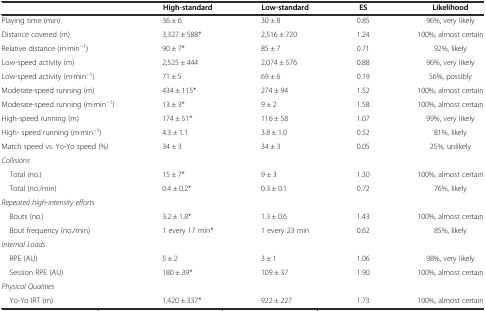
|  | High-standard | Low-standard | ES | Likelihood |
 | --- | --- | --- | --- | --- |
 | Playing time (min) | 36 ± 6 | 30 ± 8 | 0.85 | 96%, very likely |
 | Distance covered (m) | 3,327 ± 588* | 2,516 ± 720 | 1.24 | 100%, almost certain |
 | Relative distance (m·min−1) | 90 ± 7* | 85 ± 7 | 0.71 | 92%, likely |
 | Low-speed activity (m) | 2,525 ± 444 | 2,074 ± 576 | 0.88 | 96%, very likely |
 | Low-speed activity (m·min−1) | 71 ± 5 | 69 ± 6 | 0.19 | 56%, possibly |
 | Moderate-speed running (m) | 434 ± 115* | 274 ± 94 | 1.52 | 100%, almost certain |
 | Moderate-speed running (m·min−1) | 13 ± 3* | 9 ± 2 | 1.58 | 100%, almost certain |
 | High-speed running (m) | 174 ± 51* | 116 ± 58 | 1.07 | 99%, very likely |
 | High- speed running (m·min−1) | 4.3 ± 1.1 | 3.8 ± 1.0 | 0.52 | 81%, likely |
 | Match speed vs. Yo-Yo speed (%) | 34 ± 3 | 34 ± 3 | 0.05 | 25%, unlikely |
 | Collisions |  |  |  |  |
 | Total (no.) | 15 ± 7* | 9 ± 3 | 1.30 | 100%, almost certain |
 | Total (no./min) | 0.4 ± 0.2* | 0.3 ± 0.1 | 0.72 | 76%, likely |
 | Repeated high-intensity efforts |  |  |  |  |
 | Bouts (no.) | 3.2 ± 1.8* | 1.3 ± 0.6 | 1.43 | 100%, almost certain |
 | Bout frequency (no./min) | 1 every 17 min* | 1 every 23 min | 0.62 | 85%, likely |
 | Internal Loads |  |  |  |  |
 | RPE (AU) | 5 ± 2 | 3 ± 1 | 1.06 | 98%, very likely |
 | Session RPE (AU) | 180 ± 39* | 109 ± 37 | 1.90 | 100%, almost certain |
 | Physical Qualities |  |  |  |  |
 | Yo-Yo IRT (m) | 1,420 ± 337* | 922 ± 227 | 1.73 | 100%, almost certain |